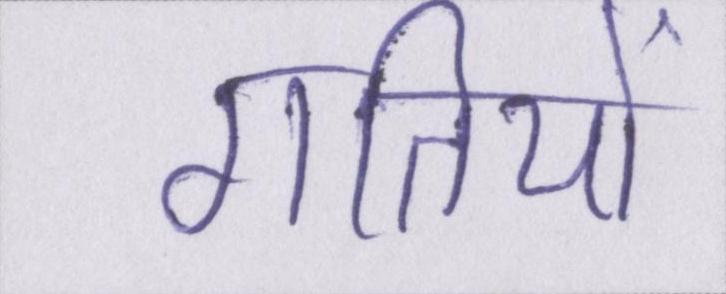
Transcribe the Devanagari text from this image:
गतियों